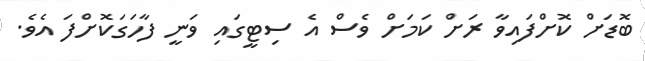
ބޮޑަށް ކޮށްފައިވާ ރަށް ކަމަށް ވެސް އެ ސިޓީގައި ވަނީ ފާހަގަކޮށްފަ އެވެ.